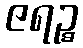
ဇရဉ္စ